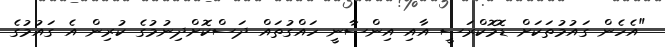
"އެހެން ގައުމުތަކަށް ޑޮމޮކްރަސީ އާއި އިންސާނީ ހައްގުތައް ދަސްކޮށްދިނުމުގެ ކުރިން އެ ގައުމުގެ